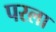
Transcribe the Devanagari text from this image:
परला